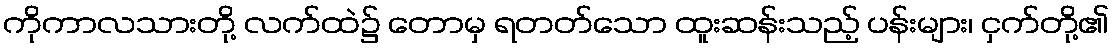
ကိုကာလသားတို့ လက်ထဲ၌ တောမှ ရတတ်သော ထူးဆန်းသည့် ပန်းများ၊ ငှက်တို့၏